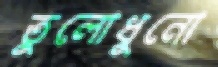
তুলোধুনো